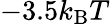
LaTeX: -3.5k_{\mathrm{B}}T